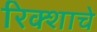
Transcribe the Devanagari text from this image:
रिक्शाचे